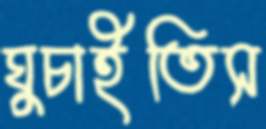
ঘুচাইতিস